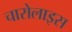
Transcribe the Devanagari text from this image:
चारोलाइस